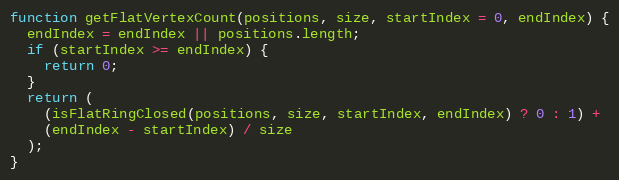
Language: JavaScript
function getFlatVertexCount(positions, size, startIndex = 0, endIndex) {
  endIndex = endIndex || positions.length;
  if (startIndex >= endIndex) {
    return 0;
  }
  return (
    (isFlatRingClosed(positions, size, startIndex, endIndex) ? 0 : 1) +
    (endIndex - startIndex) / size
  );
}